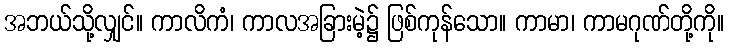
အဘယ်သို့လျှင်။ ကာလိကံ၊ ကာလအခြားမဲ့၌ ဖြစ်ကုန်သော။ ကာမာ၊ ကာမဂုဏ်တို့ကို။